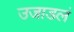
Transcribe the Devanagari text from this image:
उजाडलं